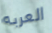
العربه